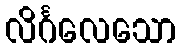
လိင်္ဂလေသော